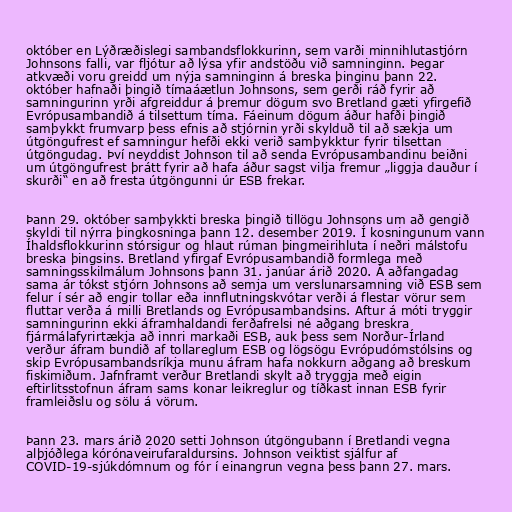
október en Lýðræðislegi sambandsflokkurinn, sem varði minnihlutastjórn
Johnsons falli, var fljótur að lýsa yfir andstöðu við samninginn. Þegar
atkvæði voru greidd um nýja samninginn á breska þinginu þann 22.
október hafnaði þingið tímaáætlun Johnsons, sem gerði ráð fyrir að
samningurinn yrði afgreiddur á þremur dögum svo Bretland gæti yfirgefið
Evrópusambandið á tilsettum tíma. Fáeinum dögum áður hafði þingið
samþykkt frumvarp þess efnis að stjórnin yrði skylduð til að sækja um
útgöngufrest ef samningur hefði ekki verið samþykktur fyrir tilsettan
útgöngudag. Því neyddist Johnson til að senda Evrópusambandinu beiðni
um útgöngufrest þrátt fyrir að hafa áður sagst vilja fremur „liggja dauður í
skurði“ en að fresta útgöngunni úr ESB frekar.

Þann 29. október samþykkti breska þingið tillögu Johnsons um að gengið
skyldi til nýrra þingkosninga þann 12. desember 2019. Í kosningunum vann
Íhaldsflokkurinn stórsigur og hlaut rúman þingmeirihluta í neðri málstofu
breska þingsins. Bretland yfirgaf Evrópusambandið formlega með
samningsskilmálum Johnsons þann 31. janúar árið 2020. Á aðfangadag
sama ár tókst stjórn Johnsons að semja um verslunarsamning við ESB sem
felur í sér að engir toll­ar eða inn­flutn­ingskvót­ar verði á flestar vör­ur sem
flutt­ar verða á milli Bret­lands og Evr­ópu­sam­bands­ins. Aftur á móti tryggir
samningurinn ekki áframhaldandi ferðafrelsi né aðgang breskra
fjármálafyrirtækja að innri markaði ESB, auk þess sem Norður-Írland
verður áfram bundið af tollareglum ESB og lögsögu Evrópudómstólsins og
skip Evr­ópu­sam­bands­ríkja munu áfram hafa nokkurn aðgang að breskum
fiskimiðum. Jafnframt verður Bretlandi skylt að tryggja með eigin
eftirlitsstofnun áfram sams konar leikreglur og tíðkast innan ESB fyrir
framleiðslu og sölu á vörum.

Þann 23. mars árið 2020 setti Johnson útgöngubann í Bretlandi vegna
alþjóðlega kórónaveirufaraldursins. Johnson veiktist sjálfur af
COVID-19-sjúkdómnum og fór í einangrun vegna þess þann 27. mars.